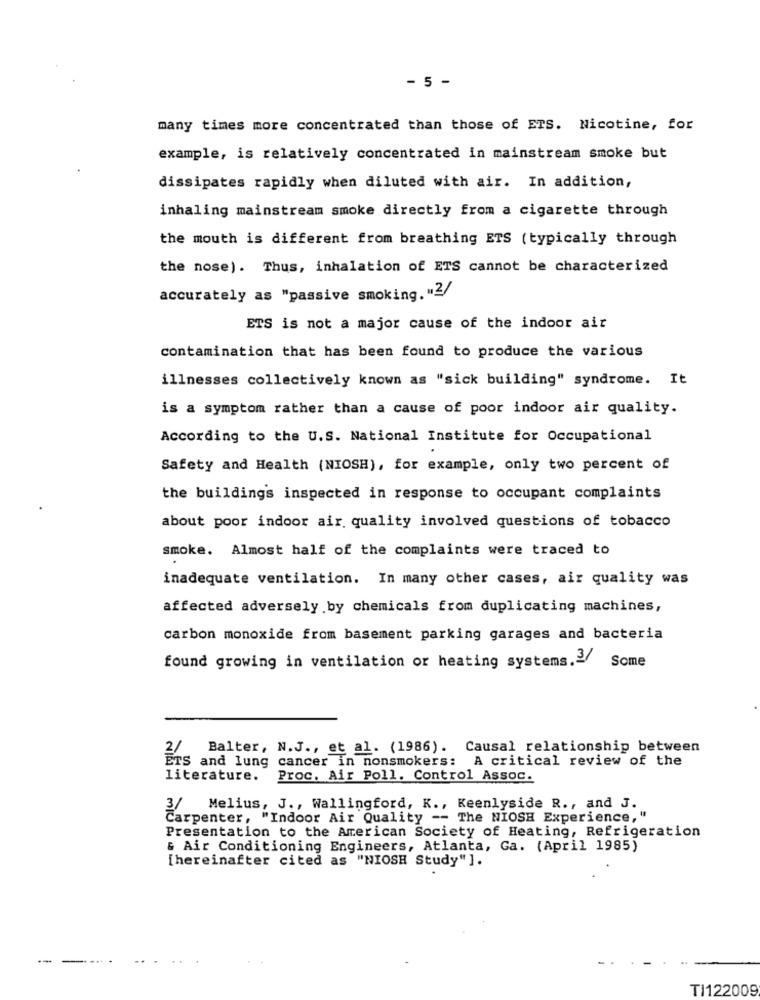
- 5 -
many times more concentrated than those of ETS. Nicotine, for
example, is relatively concentrated in mainstream smoke but
dissipates rapidly when diluted with air. In addition,
inhaling mainstream smoke directly from a cigarette through
the mouth is different from breathing ETS (typically through
the nose). Thus, inhalation of ETS cannot be characterized
accurately as "passive smoking. "2/
ETS is not a major cause of the indoor air
contamination that has been found to produce the various
illnesses collectively known as "sick building" syndrome. It
is a symptom rather than a cause of poor indoor air quality.
According to the U.S. National Institute for Occupational
Safety and Health (NIOSH), for example, only two percent of
the buildings inspected in response to occupant complaints
about poor indoor air quality involved questions of tobacco
smoke. Almost half of the complaints were traced to
inadequate ventilation. In many other cases, air quality was
affected adversely by chemicals from duplicating machines,
carbon monoxide from basement parking garages and bacteria
Some
found growing in ventilation or heating systems.3/
2/ Balter, N.J ., et al. (1986). Causal relationship between
ETS and lung cancer in nonsmokers: A critical review of the
literature.
Proc. Air Poll. Control Assoc.
3/ Melius, J ., Wallingford, K ., Keenlyside R ., and J.
Carpenter, "Indoor Air Quality -- The NIOSH Experience, "
Presentation to the American Society of Heating, Refrigeration
& Air Conditioning Engineers, Atlanta, Ga. (April 1985)
[hereinafter cited as "NIOSH Study"].
---
TI122009